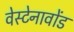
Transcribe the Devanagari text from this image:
वेस्टेनावोंड